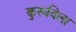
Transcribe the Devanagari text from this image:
कुरूविला